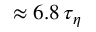
\approx 6 . 8 \, \tau _ { \eta }